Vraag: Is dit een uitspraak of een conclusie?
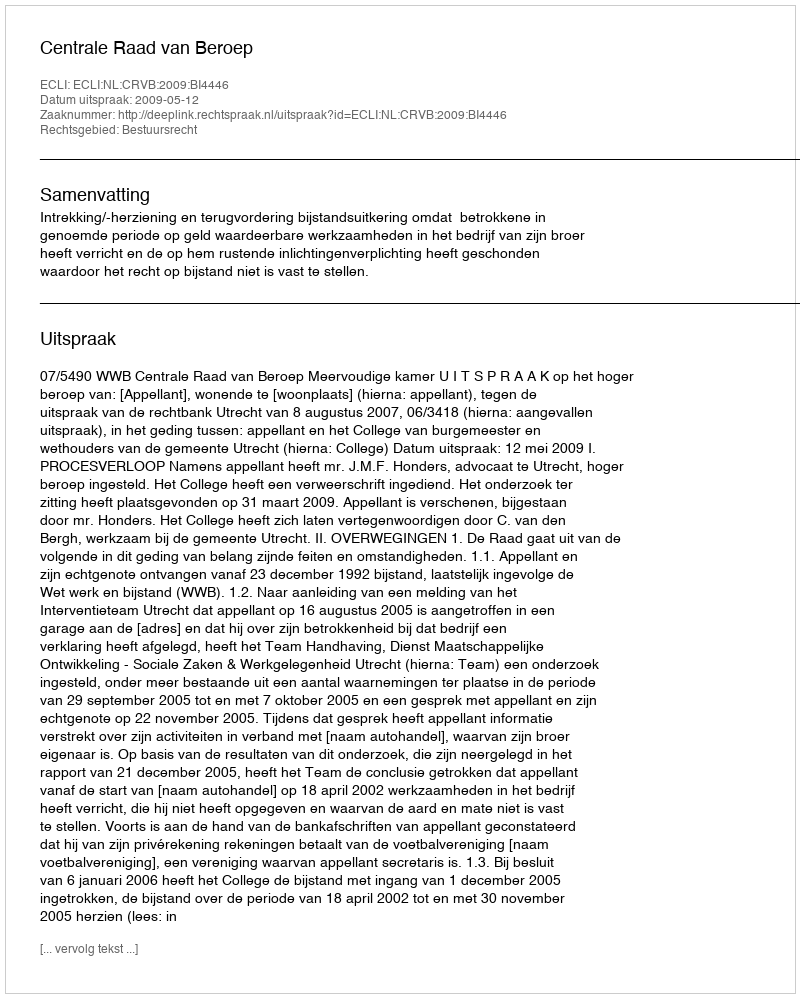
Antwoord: Uitspraak